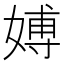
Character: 𱙠